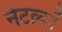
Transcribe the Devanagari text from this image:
नेटव्र्कों